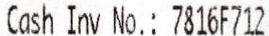
CASH INV NO.: 7816F712